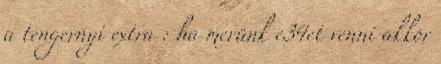
a tengernyi extra : ha merünk e34et venni akkor